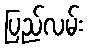
ပြည်လမ်း